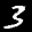
Label: 3